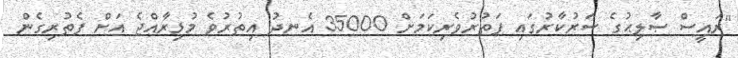
"ރައީސް ޞާލިޙުގެ ސަރުކާރުގައި ފަތުރުވެރިކަމަށް 35000 އެނދު އިތުރުވެ މުޅިރާއްޖެ އަށް ފެތުރިގެން